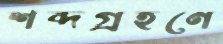
শব্দগ্রহণে